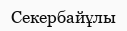
Секербайұлы